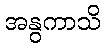
အနွကာသိ